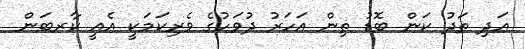
އަދި ތަދު ކަން ބޮޑު ތިން އަހަރު ދުވަހުގެ ވެރިކަަމަކީ އެއީ ކާރބަން